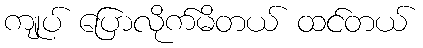
ကျုပ် ပြောလိုက်မိတယ် ထင်တယ်